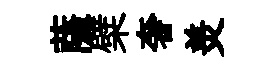
薩檗奢羙